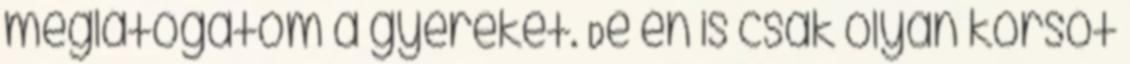
meglátogatom a gyereket. De én is csak olyan korsót